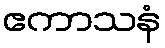
ဧကာသနံ